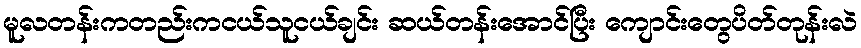
မူလတန်းကတည်းကငယ်သူငယ်ချင်း ဆယ်တန်းအောင်ပြီး ကျောင်းတွေပိတ်တုန်းလဲ